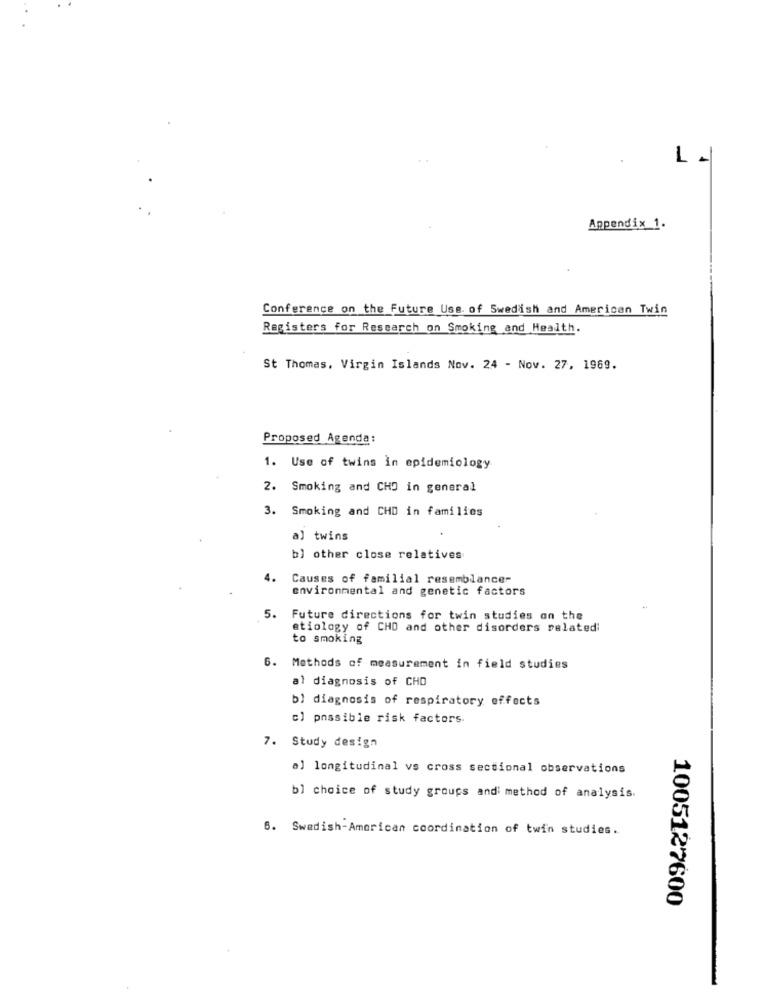
1 -
Appendix 1.
Conference on the Future Use. of Swedish and American Twin
Registers for Research on Smoking and Health.
St Thomas, Virgin Islands Nov. 24 - Nov. 27, 1969.
Proposed Agenda:
1. Use of twins in epidemiology
2. Smoking and CHO in general
3. Smoking and CHD in families
a] twins
b) other close relatives
4.
Causes of familial resemblance=
environmental and genetic factors
5.
Future directions for twin studies on the
etiology of CHO and other disorders related:
to smoking
6. Methods of measurement in field studies
al diagnosis of CHO
bl diagnosis of respiratory effects
cl possible risk factors.
7. Study design
a] longitudinal vs cross sectional observations
bl choice of study groups and method of analysis.
6. Swedish-American coordination of twin studies.
1005127600